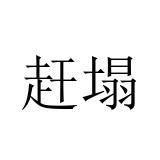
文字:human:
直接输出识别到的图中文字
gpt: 赶塌